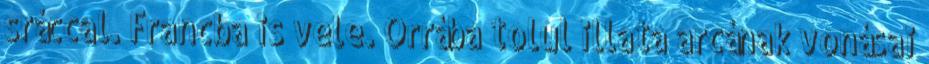
sráccal. Francba is vele. Orrába tolul illata arcának vonásai